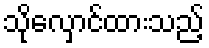
သိုလှောင်ထားသည့်